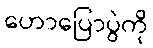
ဟောပြောပွဲကို